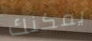
يمكنك